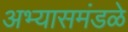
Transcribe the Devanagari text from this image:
अभ्यासमंडळे